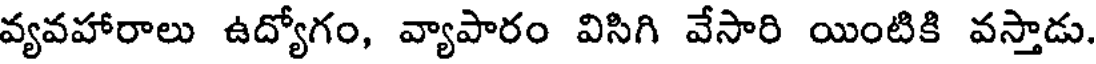
వ్యవహారాలు ఉద్యోగం, వ్యాపారం విసిగి వేసారి యింటికి వస్తాడు.